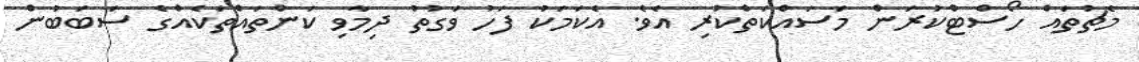
މެޗުތައް ހޯސްޓްކުރަން މަސައްކަތްކުރި އެވެ. އެކަމަކު ފަހު ވަގުތު ދިމާވި ކަންތައްތަކެއްގެ ސަބަބުން